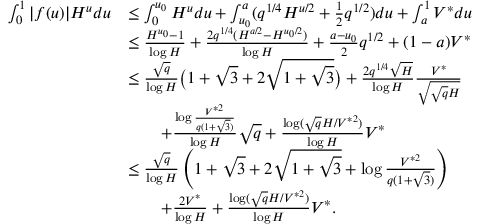
\begin{array} { r l } { \int _ { 0 } ^ { 1 } | f ( u ) | H ^ { u } d u } & { \le \int _ { 0 } ^ { u _ { 0 } } H ^ { u } d u + \int _ { u _ { 0 } } ^ { a } ( q ^ { 1 / 4 } H ^ { u / 2 } + \frac 1 2 q ^ { 1 / 2 } ) d u + \int _ { a } ^ { 1 } V ^ { * } d u } \\ & { \le \frac { H ^ { u _ { 0 } } - 1 } { \log H } + \frac { 2 q ^ { 1 / 4 } ( H ^ { a / 2 } - H ^ { u _ { 0 } / 2 } ) } { \log H } + \frac { a - u _ { 0 } } { 2 } q ^ { 1 / 2 } + ( 1 - a ) V ^ { * } } \\ & { \le \frac { \sqrt { q } } { \log H } \bigl ( 1 + \sqrt { 3 } + 2 \sqrt { 1 + \sqrt { 3 } } \bigr ) + \frac { 2 q ^ { 1 / 4 } \sqrt { H } } { \log H } \frac { V ^ { * } } { \sqrt { \sqrt { q } H } } } \\ & { \qquad + \frac { \log \frac { V ^ { * 2 } } { q ( 1 + \sqrt { 3 } ) } } { \log H } \sqrt { q } + \frac { \log ( \sqrt { q } H / V ^ { * 2 } ) } { \log H } V ^ { * } } \\ & { \le \frac { \sqrt { q } } { \log H } \left( 1 + \sqrt { 3 } + 2 \sqrt { 1 + \sqrt { 3 } } + \log \frac { V ^ { * 2 } } { q ( 1 + \sqrt { 3 } ) } \right) } \\ & { \qquad + \frac { 2 V ^ { * } } { \log H } + \frac { \log ( \sqrt { q } H / V ^ { * 2 } ) } { \log H } V ^ { * } . } \end{array}